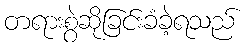
တရားစွဲဆိုခြင်းခံခဲ့ရသည်